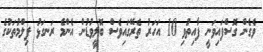
ވެގެން ގޮސްފައިވަނީ ފާއިތުވި 10 އަހަރު ތެރޭގައިވެސް ބޮލީވުޑުން އެންމެ ރަނގަޅު ފިލްމުތަކުގެ